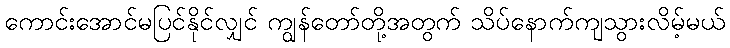
ကောင်းအောင်မပြင်နိုင်လျှင် ကျွန်တော်တို့အတွက် သိပ်နောက်ကျသွားလိမ့်မယ်